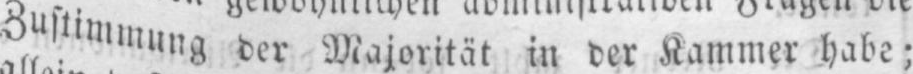
Zustimmung der Majorität in der Kammer habe;